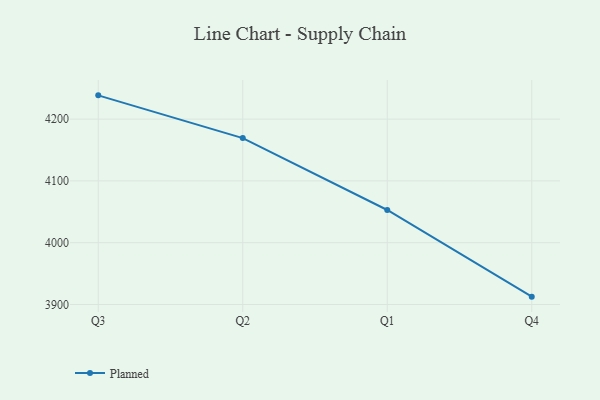
{"axis": {"x": "Quarter", "y": "Revenue (USD Million)"}, "legend": ["Planned"], "data": [{"x": "Q3", "y": 4238.4, "type": "Planned"}, {"x": "Q2", "y": 4169.2, "type": "Planned"}, {"x": "Q1", "y": 4052.9, "type": "Planned"}, {"x": "Q4", "y": 3912.7, "type": "Planned"}]}